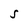
Character: S